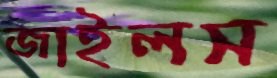
জাইলস